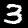
Digit: 3